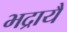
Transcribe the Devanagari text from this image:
भद्रायै